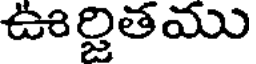
ఊర్జితము